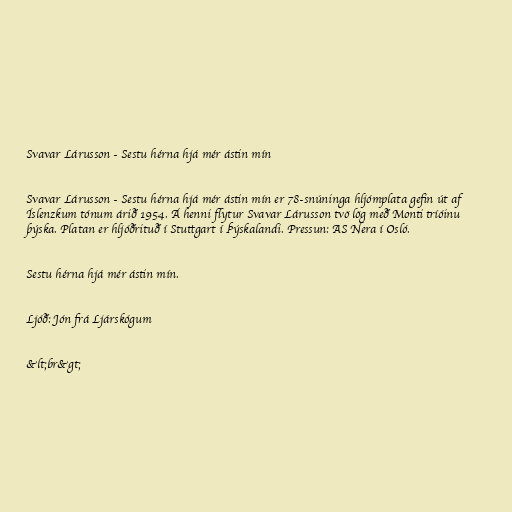
Svavar Lárusson - Sestu hérna hjá mér ástin mín

Svavar Lárusson - Sestu hérna hjá mér ástin mín er 78-snúninga hljómplata gefin út af
Íslenzkum tónum árið 1954. Á henni flytur Svavar Lárusson tvö lög með Monti tríóinu
þýska. Platan er hljóðrituð í Stuttgart í Þýskalandi. Pressun: AS Nera í Osló.

Sestu hérna hjá mér ástin mín.

Ljóð: Jón frá Ljárskógum

&lt;br&gt;